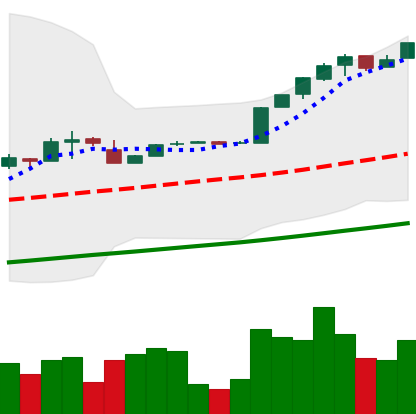
Ticker: BTC-USD
Chart end date: 2017-02-07
Forward return: -5.858%
Label: down_5_7